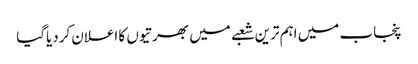
پنجاب میں اہم ترین شعبے میں بھرتیوں کا اعلان کردیاگیا